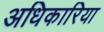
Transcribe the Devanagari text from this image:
अधिकारिया